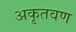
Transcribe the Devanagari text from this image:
अकृतवण